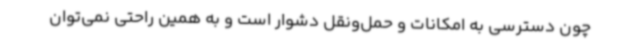
چون دسترسی به امکانات و حمل‌ونقل دشوار است و به همین راحتی نمی‌توان